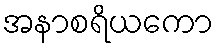
အနာစရိယကော